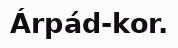
Árpád-kor.